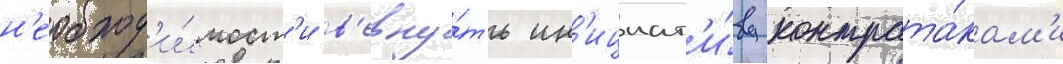
н'еобход'и́мост'и в'ерну́ть ин'ициат'и́ву контрата́кам'и